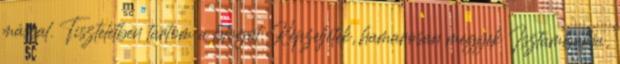
mással. Tiszteletben tartom a blogot. Képzeljétek, hamarosan megyek Isztambulba,